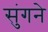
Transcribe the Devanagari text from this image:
सुंगने